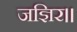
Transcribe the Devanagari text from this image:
जज्ञिर।।